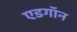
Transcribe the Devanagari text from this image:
एडगॉन